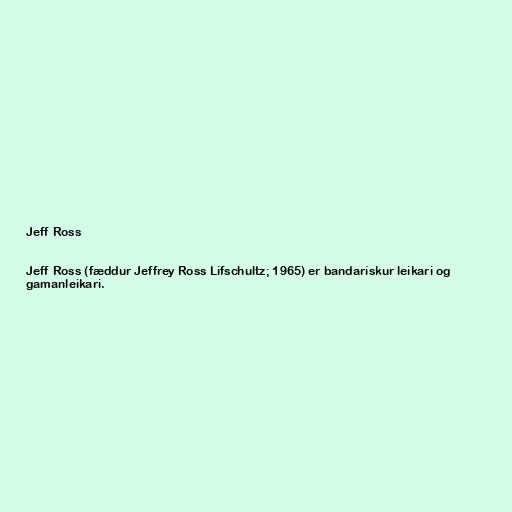
Jeff Ross

Jeff Ross (fæddur Jeffrey Ross Lifschultz; 1965) er bandarískur leikari og
gamanleikari.